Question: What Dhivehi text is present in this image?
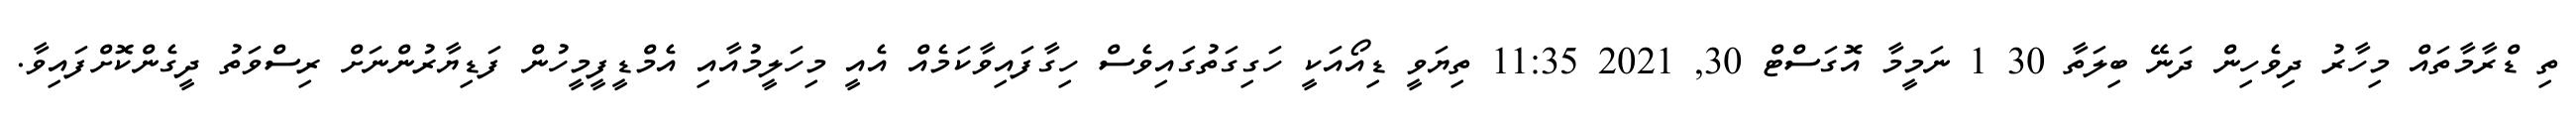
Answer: ތި ޑްރާމާތައް މިހާރު ދިވެހިން ދަނޭ ބިލަތާ 30 1 ނަމީމާ އޮގަސްޓް 30, 2021 11:35 ތިޔަވީ ޑިއޯއަކީ ހަގިގަތުގައިވެސް ހިގާފައިވާކަމެއް އެއީ މިހަލީމުއާއި އެމްޑީފީމީހުން ފަޑިޔާރުންނަށް ރިސްވަތު ދީގެންކޮށްފައިވާ.